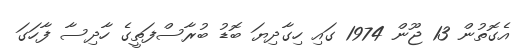
އެގޮތުން 13 ޖޫން 1974 ގައި ހިގާދިޔަ ބޮޑު ބުރާސްފަތީގެ ހާދިސާ ފާހަގަ